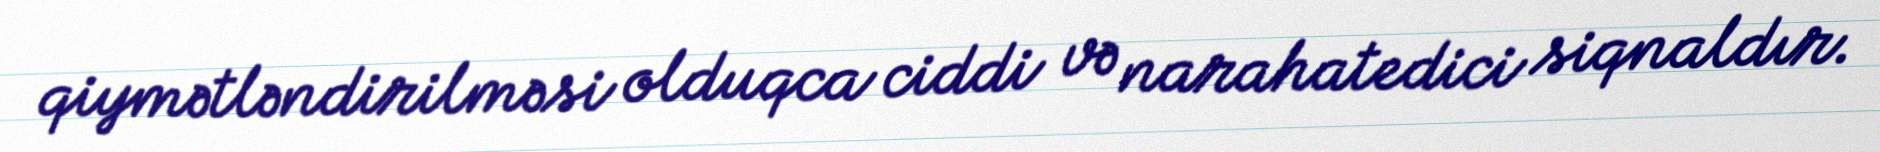
qiymətləndirilməsi olduqca ciddi və narahatedici siqnaldır.